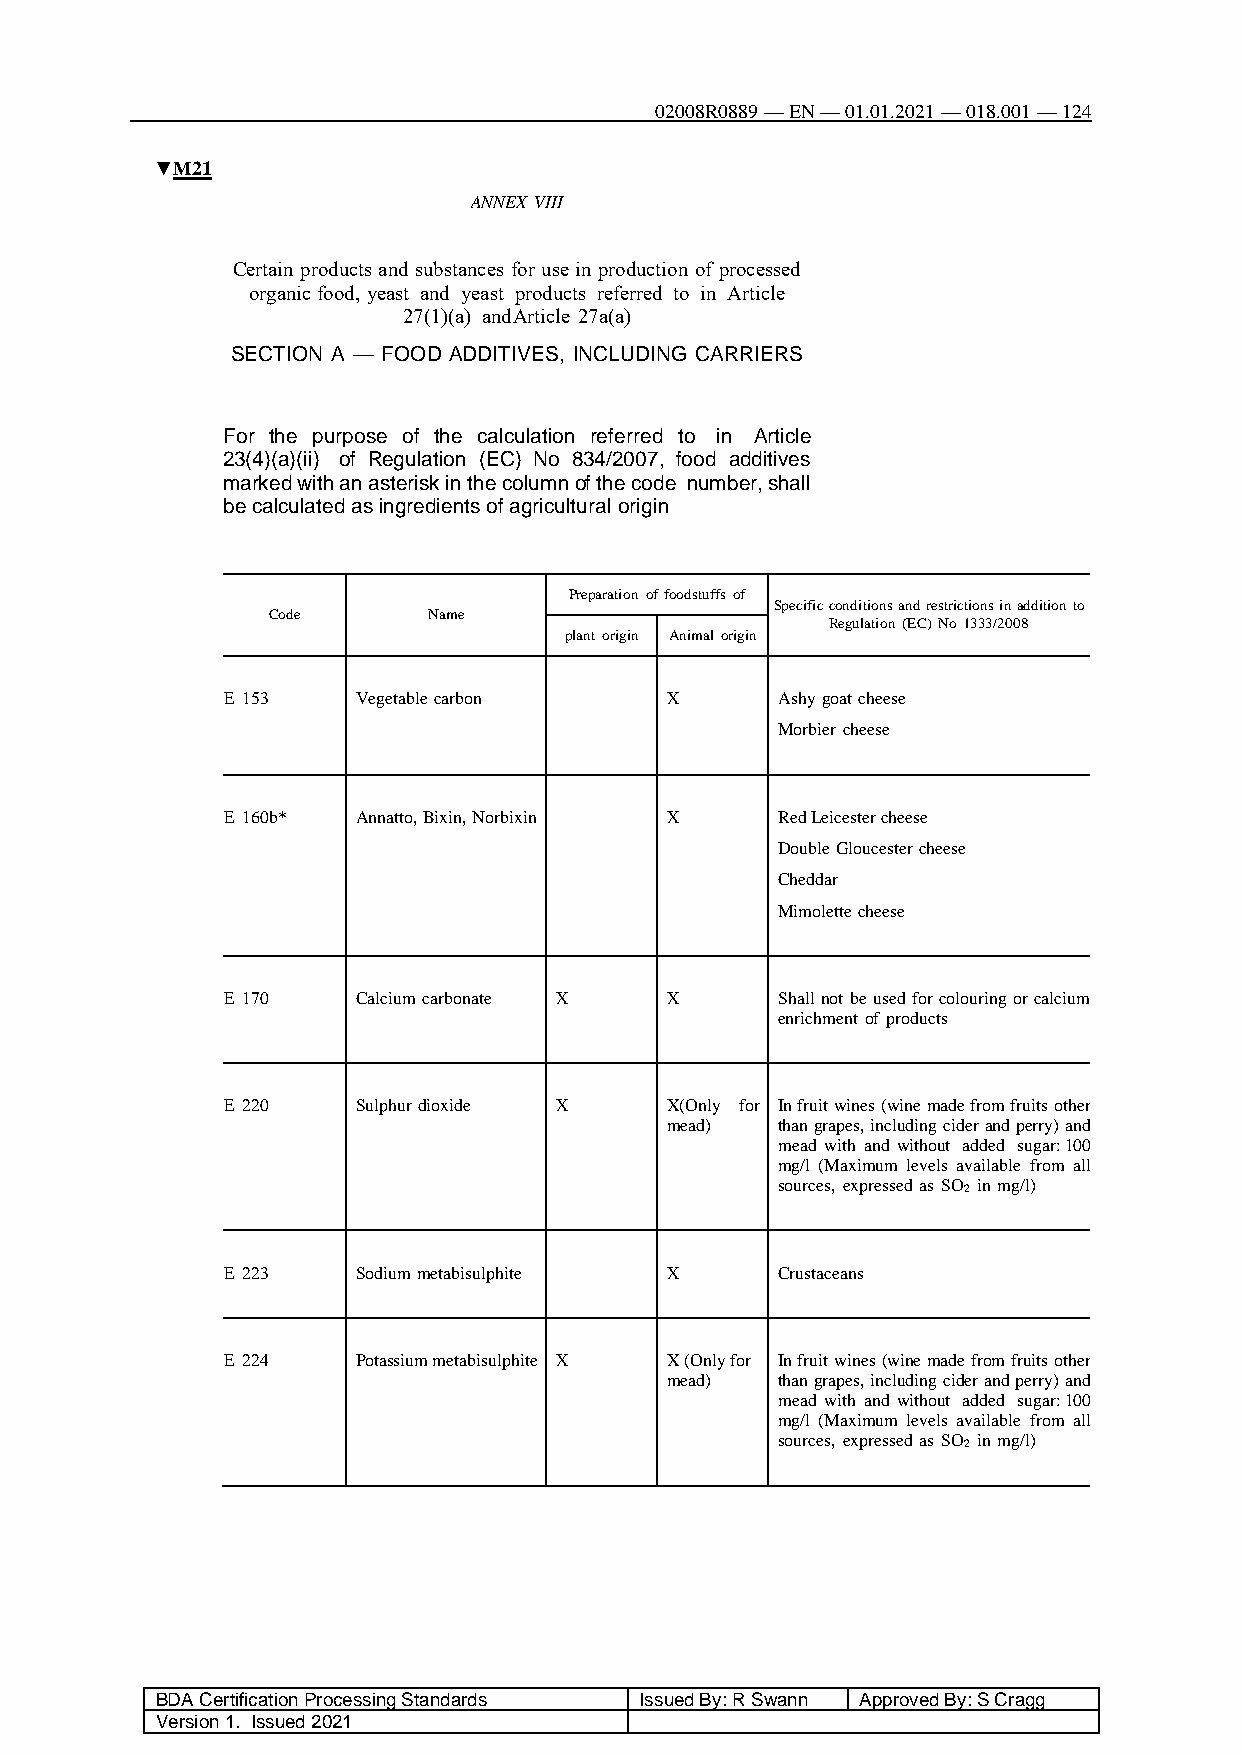
02008R0889 — EN — 01.01.2021 — 018.001 — 124
 ▼M21
 ANNEX VIII
 Certain products and substances for use in production of processed
 organic food, yeast and yeast products referred to in Article
 27(1)(a) and Article 27a(a)
 SECTION A — FOOD ADDITIVES, INCLUDING CARRIERS
 For the purpose of the calculation referred to in Article
 23(4)(a)(ii) of Regulation (EC) No 834/2007, food additives
 marked with an asterisk in the column of the code number, shall
 be calculated as ingredients of agricultural origin
 Preparation of foodstuffs of
 Specific conditions and restrictions in addition to
 Code      Name
 Regulation (EC) No 1333/2008
 plant origin Animal origin
 E 153    Vegetable carbon    X       Ashy goat cheese
 Morbier cheese
 E 160b*  Annatto, Bixin, Norbixin X  Red Leicester cheese
 Double Gloucester cheese
 Cheddar
 Mimolette cheese
 E 170    Calcium carbonate X X       Shall not be used for colouring or calcium
 enrichment of products
 E 220    Sulphur dioxide X   X(Only for In fruit wines (wine made from fruits other
 mead)   than grapes, including cider and perry) and
 mead with and without added sugar: 100
 mg/l (Maximum levels available from all
 sources, expressed as SO2 in mg/l)
 E 223    Sodium metabisulphite X     Crustaceans
 E 224    Potassium metabisulphite X X (Only for In fruit wines (wine made from fruits other
 mead)   than grapes, including cider and perry) and
 mead with and without added sugar: 100
 mg/l (Maximum levels available from all
 sources, expressed as SO2 in mg/l)
 BDA Certification Processing Standards Issued By: R Swann Approved By: S Cragg
 Version 1. Issued 2021